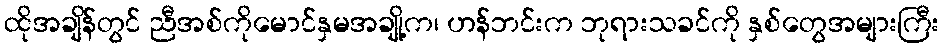
ထိုအချိန်တွင် ညီအစ်ကိုမောင်နှမအချို့က၊ ဟန်ဘင်းက ဘုရားသခင်ကို နှစ်တွေအများကြီး